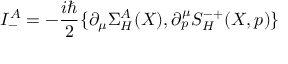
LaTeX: I _ { - } ^ { A } = - \frac { i \hbar } 2 \{ \partial _ { \mu } \Sigma _ { H } ^ { A } ( X ) , \partial _ { p } ^ { \mu } S _ { H } ^ { - + } ( X , p ) \}